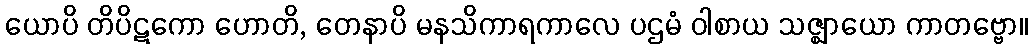
ယောပိ တိပိဋကော ဟောတိ, တေနာပိ မနသိကာရကာလေ ပဌမံ ဝါစာယ သဇ္ဈာယော ကာတဗ္ဗော။